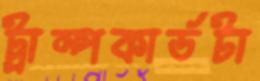
ট্রাম্পকার্ডটা